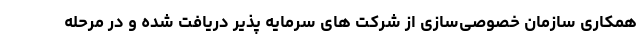
همکاری سازمان خصوصی‌سازی از شرکت های سرمایه پذیر دریافت شده و در مرحله